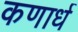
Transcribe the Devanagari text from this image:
कणार्ध